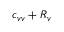
c _ { v v } + R _ { v }